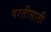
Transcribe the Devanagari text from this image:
परतीसाठी